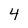
Character: 4